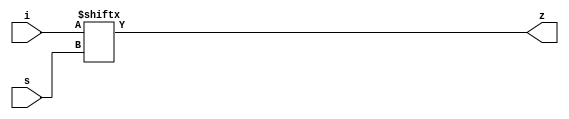
module mux (s, i, z);

	input		[2:0]		s;
	input		[5:0]		i;
	output				z;
	
	assign	 z=i[s];
		
endmodule